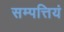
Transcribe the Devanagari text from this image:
सम्पत्तियं